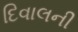
દિવાલની